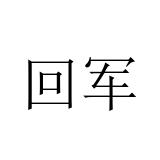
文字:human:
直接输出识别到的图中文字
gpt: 回军